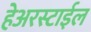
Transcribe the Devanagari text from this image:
हेअरस्टाईल